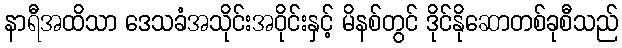
နာရီအထိသာ ဒေသခံအသိုင်းအဝိုင်းနှင့် မိနစ်တွင် ဒိုင်နိုဆောတစ်ခုစီသည်